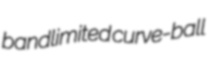
bandlimited curve-ball